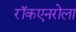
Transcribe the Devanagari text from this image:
रॉकएनरोला